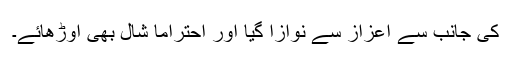
کی جانب سے اعزاز سے نوازا گیا اور احتراماً شال بھی اوڑھائے۔